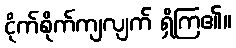
ငိုက်စိုက်ကျလျက် ရှိကြ၏။